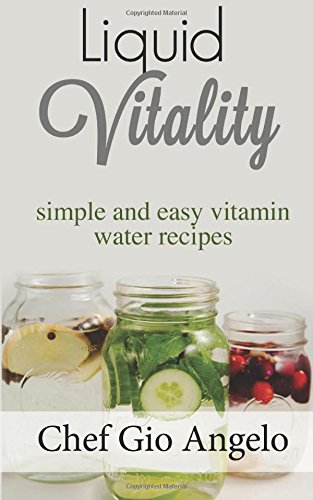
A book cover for Liquid Vitality: Simple and easy vitamin water recipes; Chef Gio Angelo; Health, Fitness & Dieting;